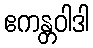
ဧကန္တဝါဒါ